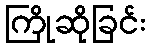
ကြိုဆိုခြင်း